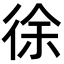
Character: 徐